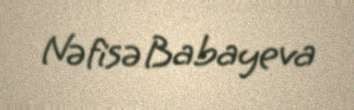
Nəfisə Babayeva